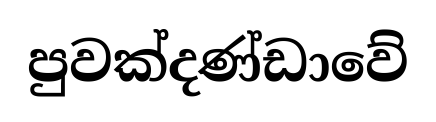
පුවක්දණ්ඩාවේ